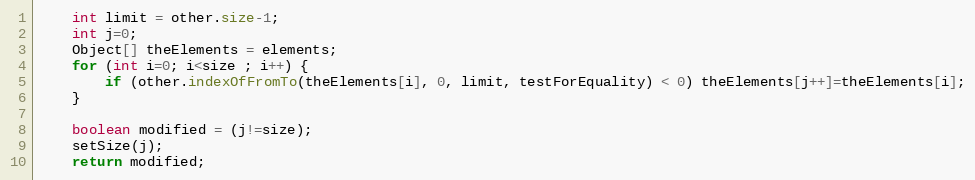
Language: Java
	int limit = other.size-1;
	int j=0;
	Object[] theElements = elements;
	for (int i=0; i<size ; i++) {
		if (other.indexOfFromTo(theElements[i], 0, limit, testForEquality) < 0) theElements[j++]=theElements[i];
	}

	boolean modified = (j!=size);
	setSize(j);
	return modified;